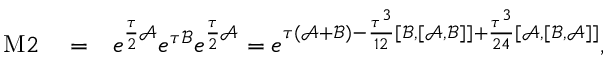
\begin{array} { r l r } { \mathrm { M } 2 } & { { } = } & { e ^ { \frac { \tau } { 2 } \mathcal { A } } e ^ { \tau \mathcal { B } } e ^ { \frac { \tau } { 2 } \mathcal { A } } = e ^ { \tau ( \mathcal { A } + \mathcal { B } ) - \frac { \tau ^ { 3 } } { 1 2 } [ \mathcal { B } , [ \mathcal { A } , \mathcal { B } ] ] + \frac { \tau ^ { 3 } } { 2 4 } [ \mathcal { A } , [ \mathcal { B } , \mathcal { A } ] ] } , } \end{array}